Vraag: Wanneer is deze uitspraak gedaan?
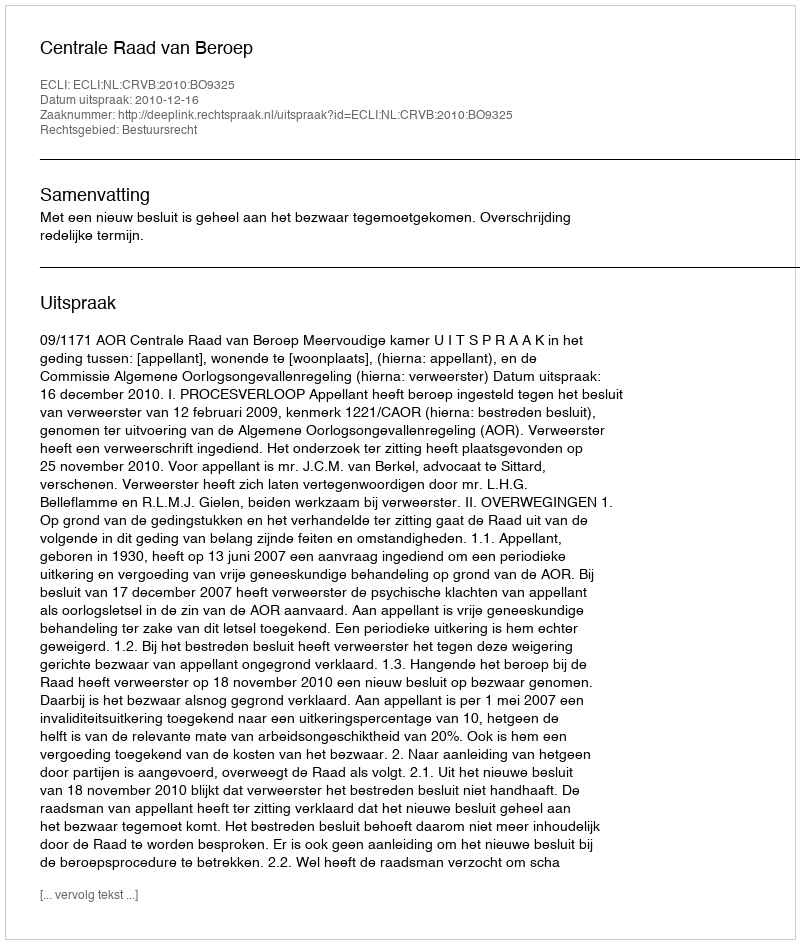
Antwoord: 2010-12-16